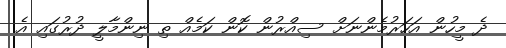
ދެ މީހުން އަހަރުމެންނަށް ސިއްރުން ކޮން ކަމެއް ތި ނިންމާލީ ދުރުގައި އެ